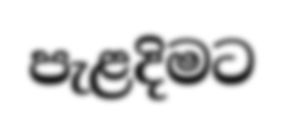
පැළදිමට